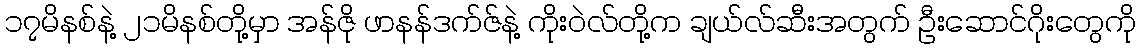
၁၇မိနစ်နဲ့ ၂၁မိနစ်တို့မှာ အန်ဇို ဖာနန်ဒက်ဇ်နဲ့ ကိုးဝဲလ်တို့က ချယ်လ်ဆီးအတွက် ဦးဆောင်ဂိုးတွေကို